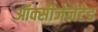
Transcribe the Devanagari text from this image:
ऑक्सीजेनेटेड